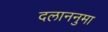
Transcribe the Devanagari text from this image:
दलाननुमा